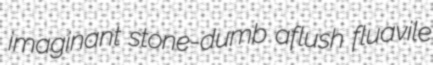
imaginant stone-dumb aflush fluavile